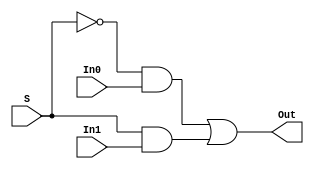
`timescale 1ns / 1ps
//////////////////////////////////////////////////////////////////////////////////
// Company: 
// Engineer: 
// 
// Design Name: 
// Module Name:    Mux 
// Project Name: 
// Target Devices: 
// Tool versions: 
// Description: 
//
// Dependencies: 
//
// Revision: 
// Revision 0.01 - File Created
// Additional Comments: 
//
//////////////////////////////////////////////////////////////////////////////////
module Mux(
    input In0,
    input In1,
    input S,
	 output Out
    );
	 
wire w1,w2; 
 
and(w1,~S,In0);
and(w2,S,In1);
or (Out,w1,w2);	 

endmodule